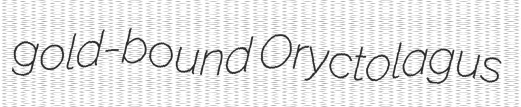
gold-bound Oryctolagus